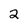
Character: 2